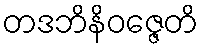
တဒဘိနိဝဇ္ဇေတိ